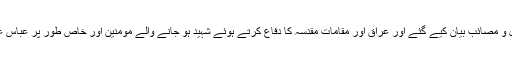
مجلس عزا میں امام موسیٰ کاظم علیہ السلام کے فضائل و مصائب بیان کیے گئے اور عراق اور مقامات مقدسہ کا دفاع کرتے ہوئے شہید ہو جانے والے مومنین اور خاص طور پر عباس عسکری یونٹ کے شھداء کو خراج عقیدت پیش کیا گیا۔